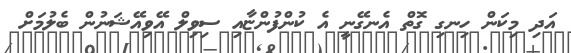
އަދި މިކަން ހިނގި ގޮތް އެނގޭނީ އެ ކުންފުންޏާއި ސިވިލް އޭވިއޭޝަނުން ބެލުމަށް